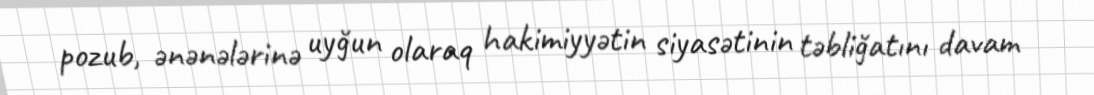
pozub, ənənələrinə uyğun olaraq hakimiyyətin siyasətinin təbliğatını davam